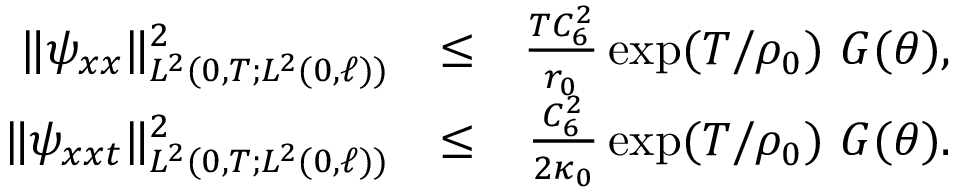
\begin{array} { r l r } { \Vert \psi _ { x x } \Vert _ { L ^ { 2 } ( 0 , T ; L ^ { 2 } ( 0 , \ell ) ) } ^ { 2 } } & { \leq } & { \frac { T C _ { 6 } ^ { 2 } } { r _ { 0 } } \exp ( T / \rho _ { 0 } ) \ G ( \theta ) , } \\ { \Vert \psi _ { x x t } \Vert _ { L ^ { 2 } ( 0 , T ; L ^ { 2 } ( 0 , \ell ) ) } ^ { 2 } } & { \leq } & { \frac { C _ { 6 } ^ { 2 } } { 2 \kappa _ { 0 } } \exp ( T / \rho _ { 0 } ) \ G ( \theta ) . } \end{array}